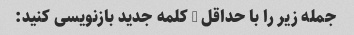
جمله زیر را با حداقل 3 کلمه جدید بازنویسی کنید: